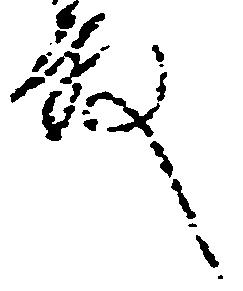
殿